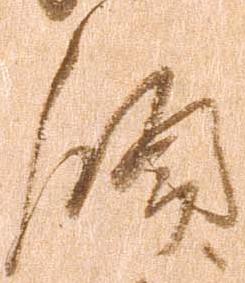
領